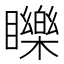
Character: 䁻